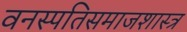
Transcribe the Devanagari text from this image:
वनस्पतिसमाजशास्त्र